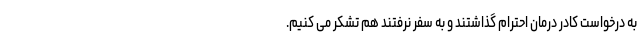
به درخواست کادر درمان احترام گذاشتند و به سفر نرفتند هم تشکر می کنیم.